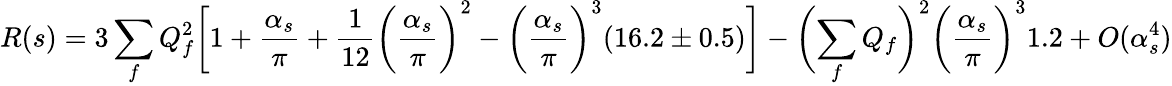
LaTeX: R(s)=3\sum_{f}Q_{f}^{2}\biggl[1+\frac{\alpha_{s}}{\pi}+\frac{1}{12}\biggl(\frac{\alpha_{s}}{\pi}\biggr)^{2}-\biggl(\frac{\alpha_{s}}{\pi}\biggr)^{3}(16.2\pm 0.5)\biggr]-\biggl(\sum_{f}Q_{f}\biggr)^{2}\biggl(\frac{\alpha_{s}}{\pi}\biggr)^{3}1.2+O(\alpha_{s}^{4})